Heimtali_vallavalitsus, lk 37
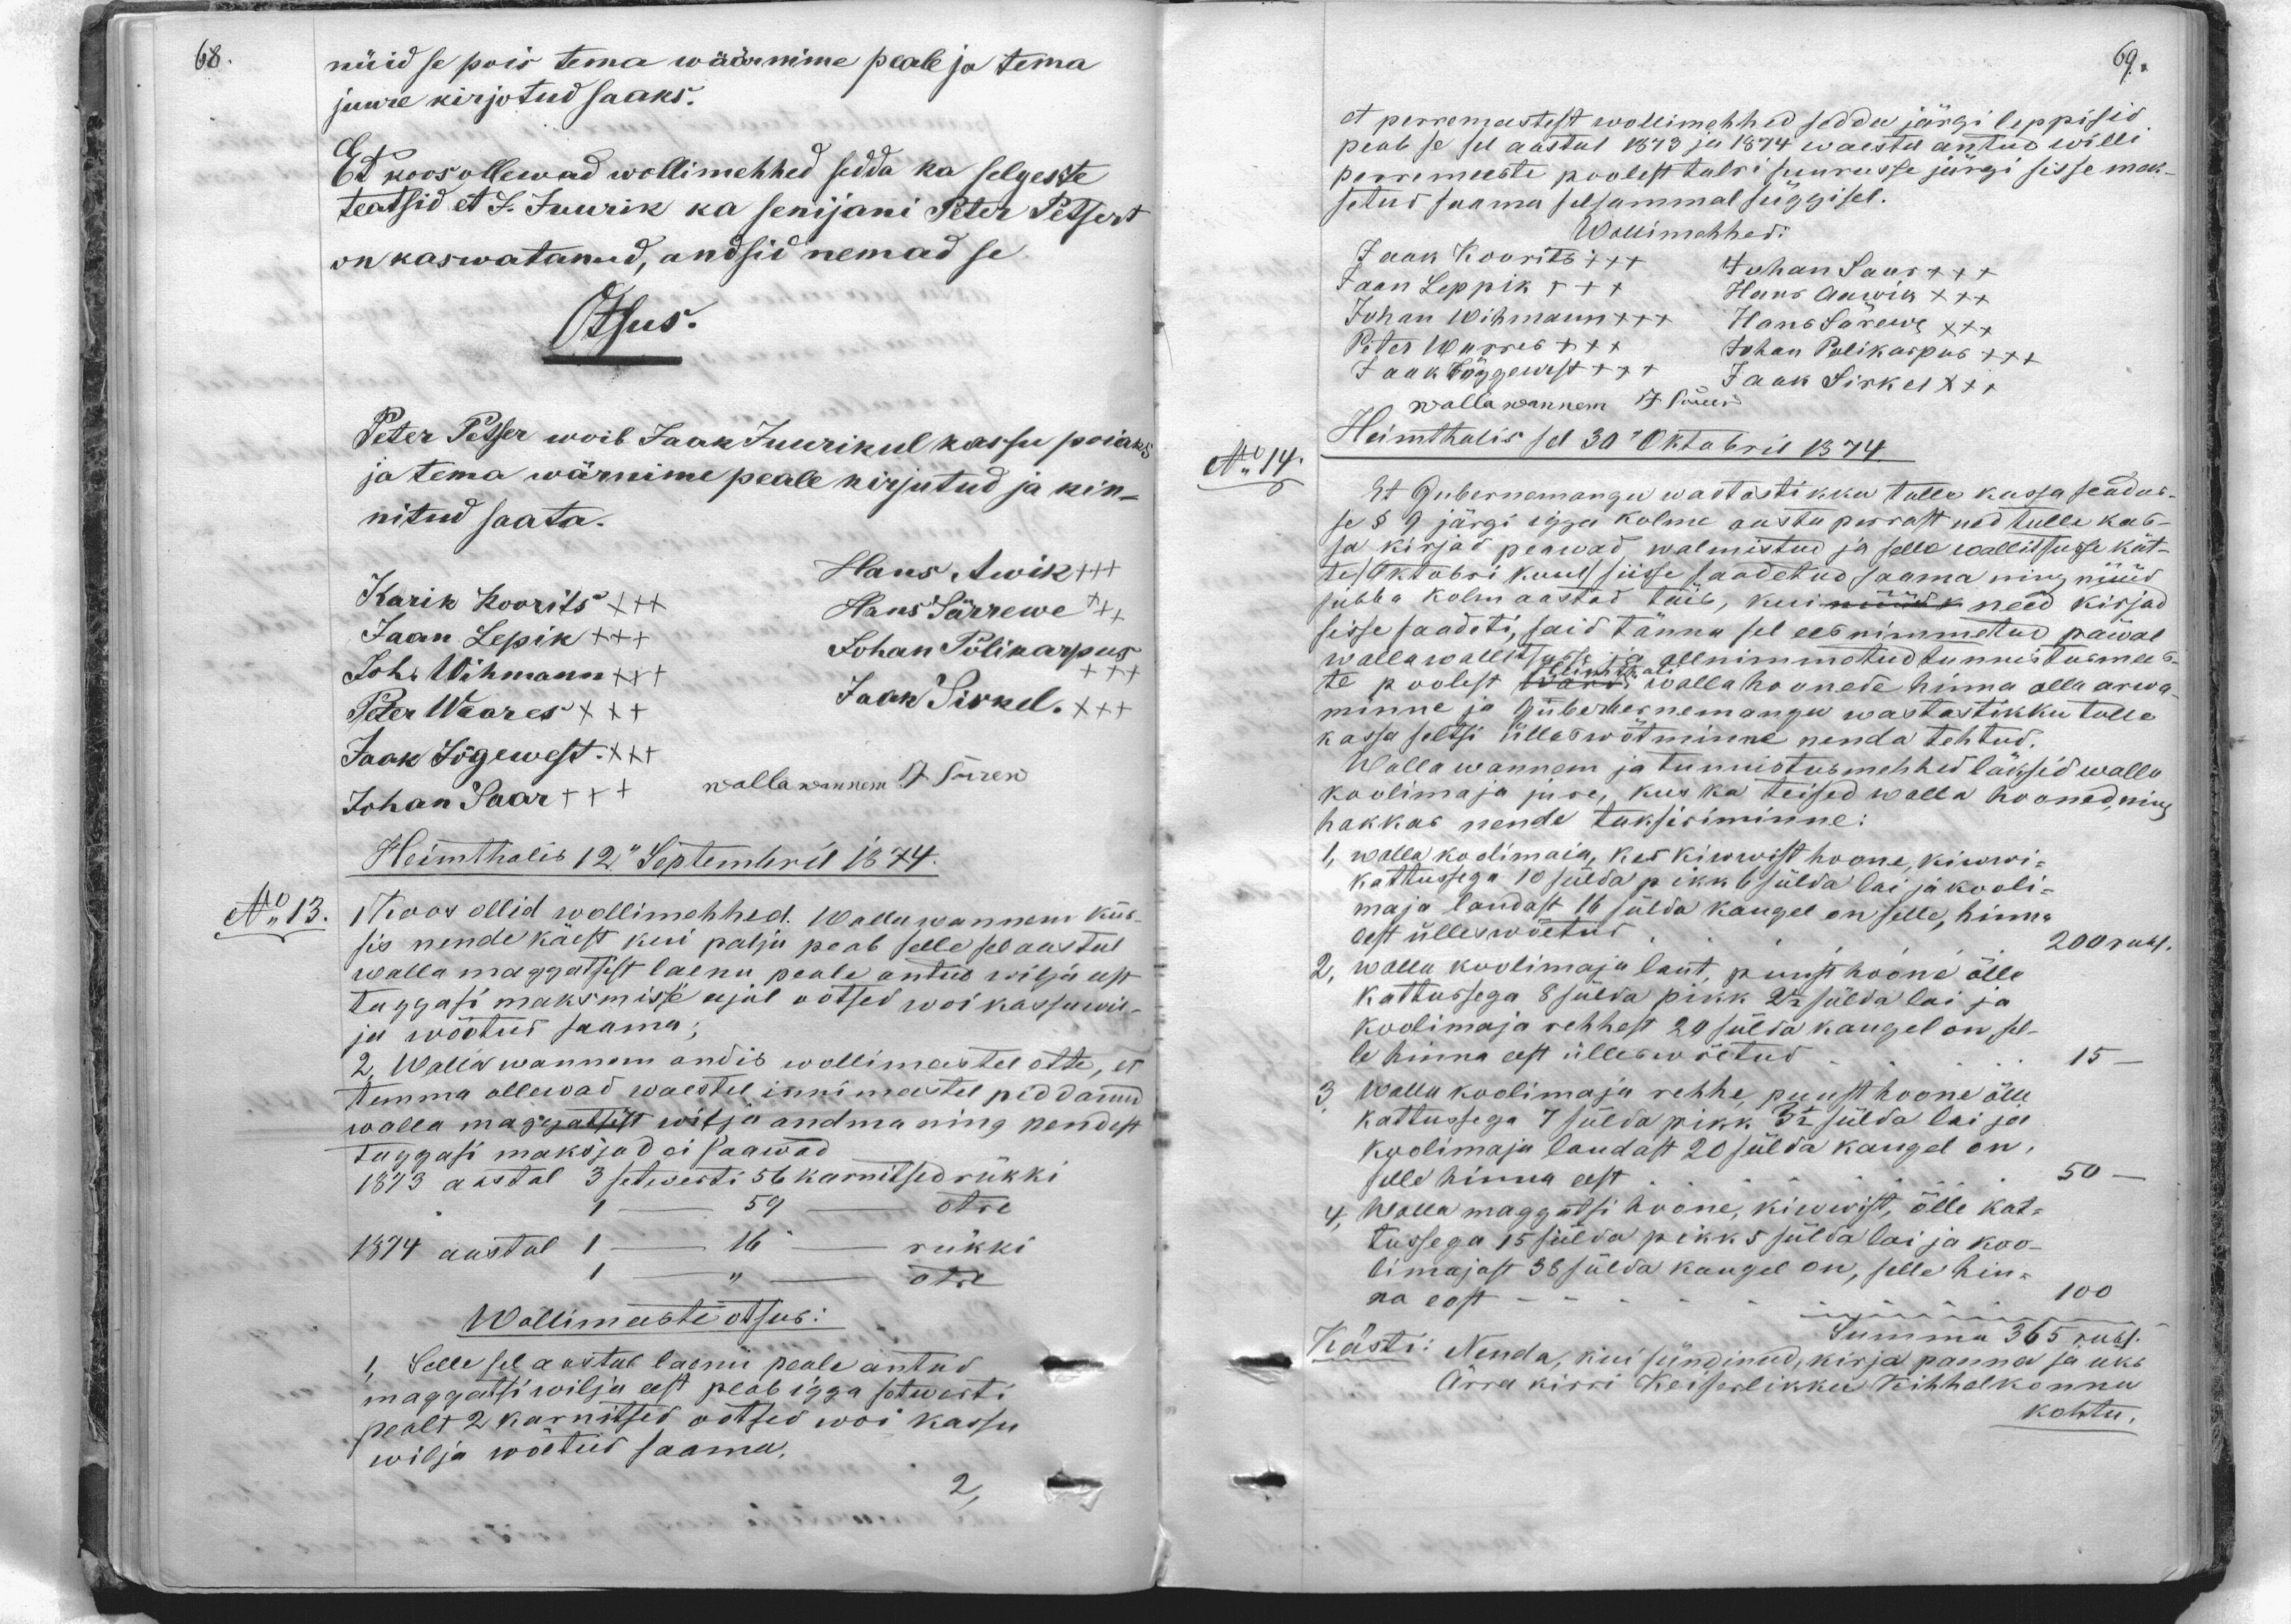
nüid se pois tema wäärnime peale ja tema
juure kirjotud saaks.
Et koos ollewad wollimehhed seda ka selgeste
teatsid et J. Juurik ka senijani Peter Petsert
on kaswatanud, andsid nemad se
Otsus.
Peter Petser woib Jaak Juurikul kassu poiaks,
ja tema wärnime peale kirjutud ja kin-
nitud saata.
Hans Awik
Kärik Koorits +++
Hans Särrewe
Jaan Lepik +++
Joh. Wihmann
Johan Polikarpus
Peter Waares XXX
Jaak Sirkel XXX
Jaak Jõgewest XXX
Johan Saar +++
wallawannem J Särew
Heimthalis 12. Septembril 1874.
No 13. Koos ollid wollimehhed. Wallawanem küs-
sis nende käest kui palju peab selle sel aastal
walla maggatsest laenu peale antud wilja eest
tuggasi maksmisse ajal wõtsed woi kassu wil-
ja wõetud saama.
2. Wallawannem andis wollimeestel ette, et
temma ollewad waestel innimeestel piddanud.
walla maggatsist wilja andma ning nendest
tuggasi maksjad ei saawad
1873 aastal 3 setwerti 56 karnitsed rükki
1 59 otre
1874 aastal 1 16. rükki
1 otre
Wollimeeste otsus:
1. Selle sel a aastal laenu peale antud
maggatsi wilja eest peab igga setwesti
pealt 2 karnitsed ootsed woi kassu
wilja wõetud saama.

et perremeestest wollimehhed sedda järgi leppisid
peab se sel aastal 1873 ja 1874 waestu antud willi
perremeeste poolest talvi suurusse järgi sisse mak-
setud saama selsammal süggisel.
Wollimehhed:
Jaak Koorits +++
Jaan Leppik XXX
Juhan Saar +++
Hans Aawik XXX
Johan Wihmann +++
Hans Särewe XXX
Peter Warres XXX
Johan Polikarpus +++
Jaak Jõggewest +++
Jaan Sirkel
wallawannem J. Särew
N: 14.
Heimthalis sel 30 Oktobril 1874
Et Gubernemangu wastastikku tulle kassa seadus-
se §9 järgi igga kolme aasta perrast ned tulle kas-
sa kirjad peawad walmistud ja selle wallitsusse kät-
te (oktobri kuul) sisse saadetud saama ning nüüd
jubba kolm aastad täis, kui need kirjad
sisse saadeti, said tänna sel ees nimmetud päwal
wallawallitusse ja allnimmetud tunnistusmees-
te poolest Heimthali walla hoonede hinna olla arwa-
minne ja gubernernemangu wastastikku tulle
kassa seltsi ülleswõtminne nenda tehtud.
Wallawannem ja tunnistus mehhed läksid walla
koolimaja jure, kus ka teised walla hooned, ning
hakkas nende tuksiriminne
1, walla koolimaja, kes kiwist hoone, kiwi-
kattussega 10 sülda pikk 6 sülda lai ja kooli-
maja laudast 16 sülda kaugel on selle, hinna
eest üllevwõetud 200 rubl.
2, walla koolimaju laut, puust hoona õlle
kattussega 8 sülda pikk 2 1/2 sülda lai ja
koolimaja rehhest 24 sülda kaugel on sel-
le hinna eest ülleswõetud 15
3 Wallu koolimaju rehhe puust hoone õlle
kattussega 7 sülda pikk 5 1/2 sülda lai ja
koolimaja laudast 20 sülda kaugel on.
selle hinna eest 50
4. Walla maggatsi hoone, kiwist, õlle kat-
tussega 15 sülda pikk 5 sülda lai ja koo-
limajast 38 sülda kaugel on, selle hin-
na eest 100
Summa 365 rubl
Kästi: Nenda, kui sündinud, kirjapanna ja üks
Ärra kirri Keiserlikku Kihhelkonna
kohtu,